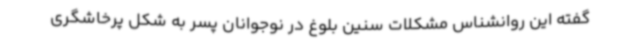
گفته این روانشناس مشکلات سنین بلوغ در نوجوانان پسر به شکل پرخاشگری